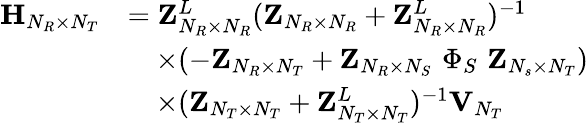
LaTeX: \begin{array}{rl}{{\mathbf{H}}_{N_{R}\times N_{T}}}&{={\mathbf{Z}}_{N_{R}\times N_{R}}^{L}({\mathbf{Z}}_{N_{R}\times N_{R}}+{\mathbf{Z}}_{N_{R}\times N_{R}}^{L})^{-1}}\\ &{\quad\times(-{\mathbf{Z}}_{N_{R}\times N_{T}}+{\mathbf{Z}}_{N_{R}\times N_{S}}\, \, \Phi_{S}\, \, {\mathbf{Z}}_{N_{s}\times N_{T}})}\\ &{\quad\times({\mathbf{Z}}_{N_{T}\times N_{T}}+{\mathbf{Z}}_{N_{T}\times N_{T}}^{L})^{-1}{\mathbf{V}}_{N_{T}}}\end{array}